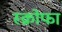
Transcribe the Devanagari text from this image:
स्क्रोफा